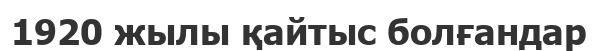
1920 жылы қайтыс болғандар